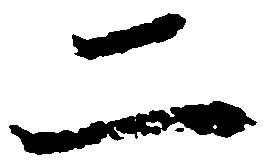
二